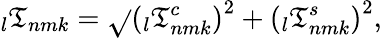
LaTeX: \phantom{}_{l}\mathfrak{T}_{nmk}=\sqrt{}{{\left(\phantom{}_{l}\mathfrak{T}_{nmk}^{c}\right)^{2}+\left(\phantom{}_{l}\mathfrak{T}_{nmk}^{s}\right)^{2}}},